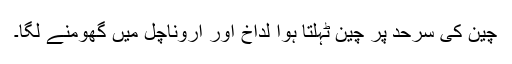
چین کی سرحد پر چین ٹہلتا ہوا لداخ اور اروناچل میں گھومنے لگا۔